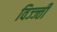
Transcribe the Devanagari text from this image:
विज्ज्ती